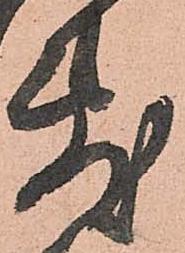
敷